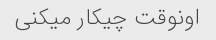
اونوقت چیکار میکنی